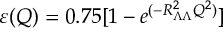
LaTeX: \varepsilon ( Q ) = 0 . 7 5 [ 1 - e ^ { ( - R _ { \Lambda \Lambda } ^ { 2 } Q ^ { 2 } ) } ]